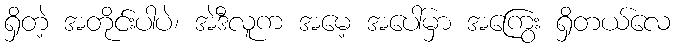
ရှိတဲ့ အတိုင်းပါပဲ၊ အဲဒီလူက အမေ့ အပေါ်မှာ အကြွေး ရှိတယ်လေ